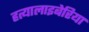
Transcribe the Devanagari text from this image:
हत्यालाइबेरिया